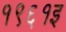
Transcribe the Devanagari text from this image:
१९६१इ